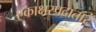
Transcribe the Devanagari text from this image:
एकाक्षरप्रदातारं